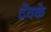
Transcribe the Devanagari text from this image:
देवके